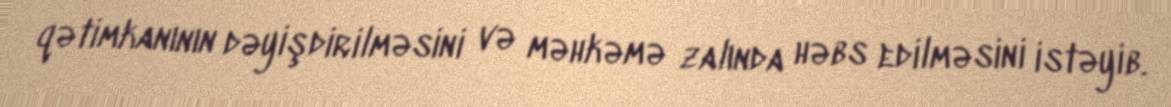
qətimkanının dəyişdirilməsini və məhkəmə zalında həbs edilməsini istəyib.